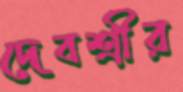
দেবশ্রীর